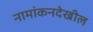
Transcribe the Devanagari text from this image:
नामांकनदेखील